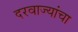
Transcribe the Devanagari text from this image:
दरवाज्यांचा